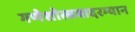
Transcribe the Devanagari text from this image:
गणेशोत्सवादरम्यान